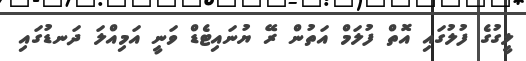
ލީގުގެ ފުލުގައި އޮތް ފުލަމް އަތުން ރޭ ޔުނައިޓެޑް ވަނީ އަމިއްލަ ދަނޑުގައި